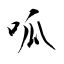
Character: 呱